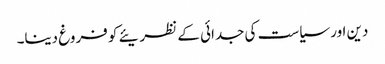
دین اور سیاست کی جدائی کے نظریئے کو فروغ دینا۔